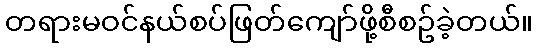
တရားမဝင်နယ်စပ်ဖြတ်ကျော်ဖို့စီစဥ်ခဲ့တယ်။